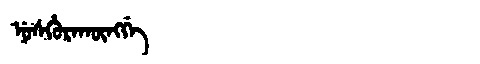
Manchu: ᠨᡠᠰᡥᡠᡵᠠᡴᡡᠩᡤᡝ
Romanization: NUSHURAKŪNGGE